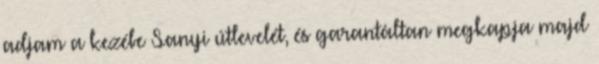
adjam a kezébe Sanyi útlevelét, és garantáltan megkapja majd